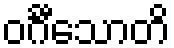
ဝင်္ဂီသောတိ